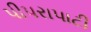
પીપરાપાટી